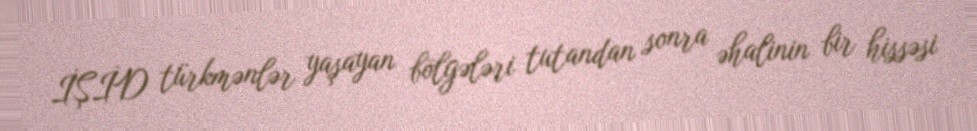
İŞİD türkmənlər yaşayan bölgələri tutandan sonra əhalinin bir hissəsi